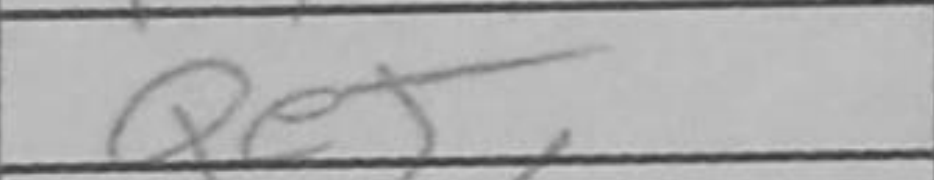
Transcription: Qe5